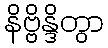
နိဗ္ဗိန္ဒိတွာ